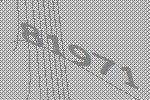
81971